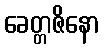
ခေတ္တဇိနော